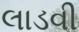
લાડવી